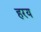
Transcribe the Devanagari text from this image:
हरय